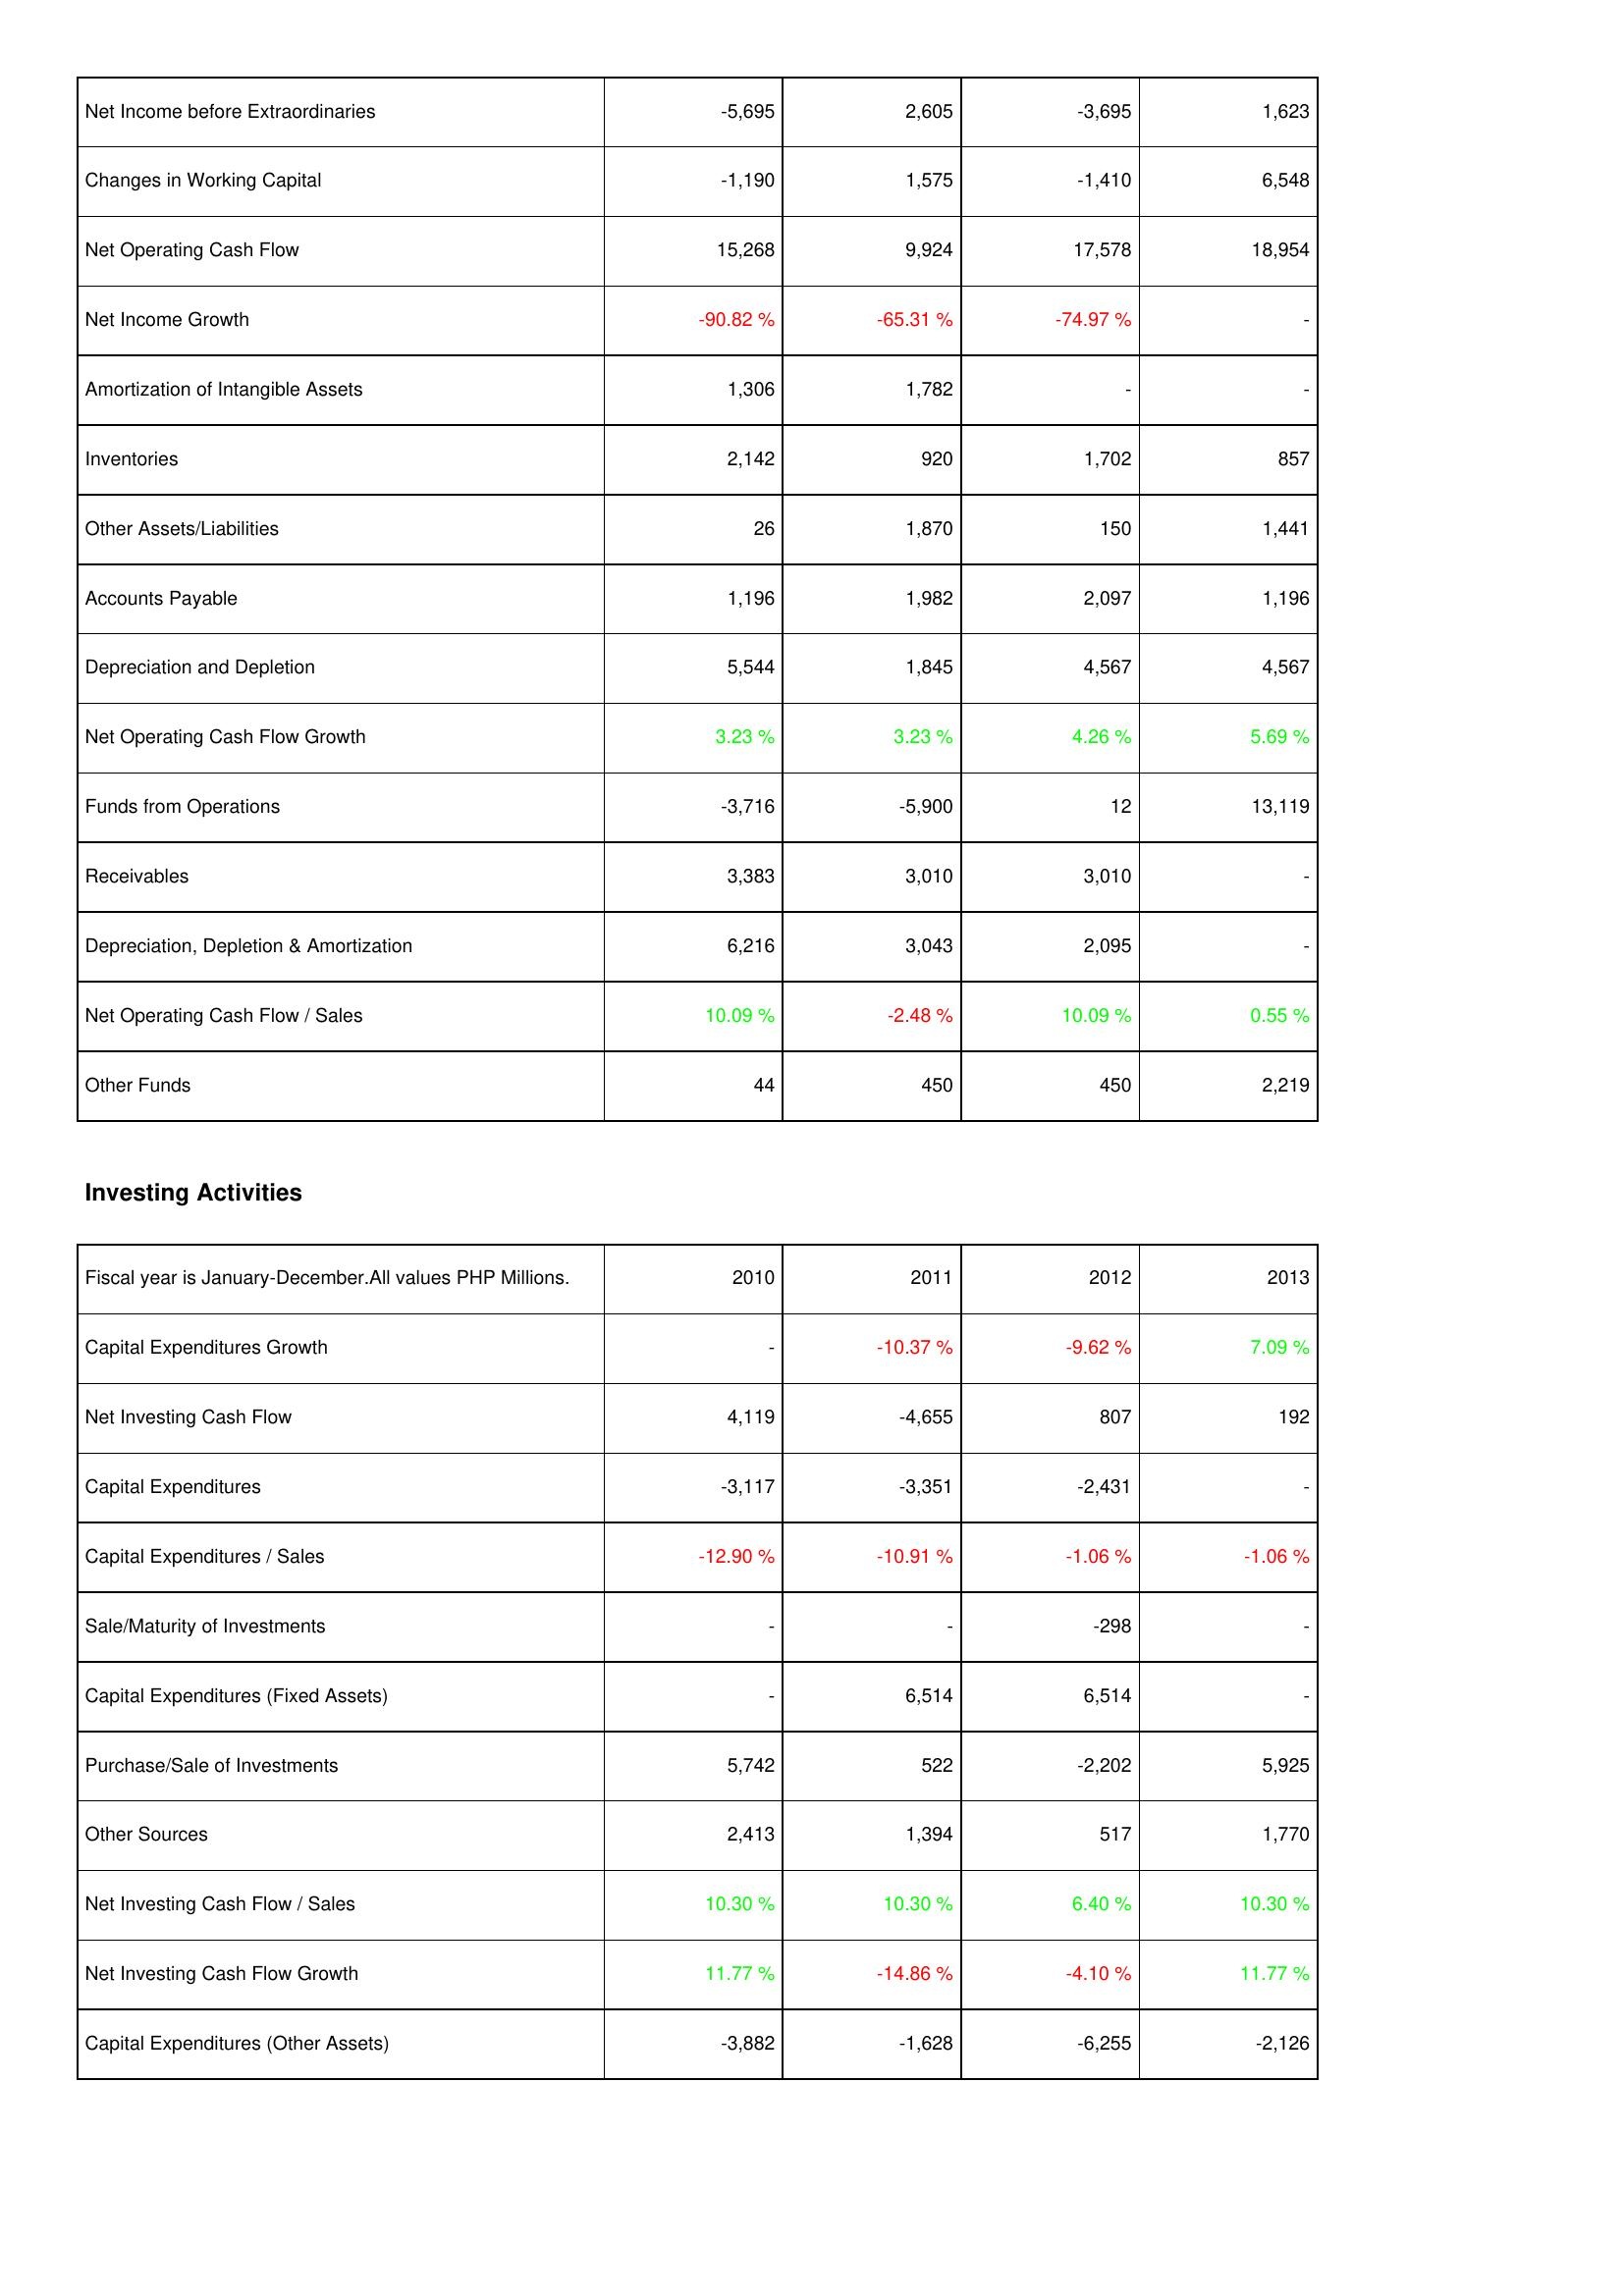
2010: Operating Activities: Net Income before Extraordinaries: -5,695
Changes in Working Capital: -1,190
Net Operating Cash Flow: 15,268
Net Income Growth: -90.82 %
Amortization of Intangible Assets: 1,306
Inventories: 2,142
Other Assets/Liabilities: 26
Accounts Payable: 1,196
Depreciation and Depletion: 5,544
Net Operating Cash Flow Growth: 3.23 %
Funds from Operations: -3,716
Receivables: 3,383
Depreciation, Depletion & Amortization: 6,216
Net Operating Cash Flow / Sales: 10.09 %
Other Funds: 44
Investing Activities: Capital Expenditures Growth: -
Net Investing Cash Flow: 4,119
Capital Expenditures: -3,117
Capital Expenditures / Sales: -12.90 %
Sale/Maturity of Investments: -
Capital Expenditures (Fixed Assets): -
Purchase/Sale of Investments: 5,742
Other Sources: 2,413
Net Investing Cash Flow / Sales: 10.30 %
Net Investing Cash Flow Growth: 11.77 %
Capital Expenditures (Other Assets): -3,882
2011: Operating Activities: Net Income before Extraordinaries: 2,605
Changes in Working Capital: 1,575
Net Operating Cash Flow: 9,924
Net Income Growth: -65.31 %
Amortization of Intangible Assets: 1,782
Inventories: 920
Other Assets/Liabilities: 1,870
Accounts Payable: 1,982
Depreciation and Depletion: 1,845
Net Operating Cash Flow Growth: 3.23 %
Funds from Operations: -5,900
Receivables: 3,010
Depreciation, Depletion & Amortization: 3,043
Net Operating Cash Flow / Sales: -2.48 %
Other Funds: 450
Investing Activities: Capital Expenditures Growth: -10.37 %
Net Investing Cash Flow: -4,655
Capital Expenditures: -3,351
Capital Expenditures / Sales: -10.91 %
Sale/Maturity of Investments: -
Capital Expenditures (Fixed Assets): 6,514
Purchase/Sale of Investments: 522
Other Sources: 1,394
Net Investing Cash Flow / Sales: 10.30 %
Net Investing Cash Flow Growth: -14.86 %
Capital Expenditures (Other Assets): -1,628
2012: Operating Activities: Net Income before Extraordinaries: -3,695
Changes in Working Capital: -1,410
Net Operating Cash Flow: 17,578
Net Income Growth: -74.97 %
Amortization of Intangible Assets: -
Inventories: 1,702
Other Assets/Liabilities: 150
Accounts Payable: 2,097
Depreciation and Depletion: 4,567
Net Operating Cash Flow Growth: 4.26 %
Funds from Operations: 12
Receivables: 3,010
Depreciation, Depletion & Amortization: 2,095
Net Operating Cash Flow / Sales: 10.09 %
Other Funds: 450
Investing Activities: Capital Expenditures Growth: -9.62 %
Net Investing Cash Flow: 807
Capital Expenditures: -2,431
Capital Expenditures / Sales: -1.06 %
Sale/Maturity of Investments: -298
Capital Expenditures (Fixed Assets): 6,514
Purchase/Sale of Investments: -2,202
Other Sources: 517
Net Investing Cash Flow / Sales: 6.40 %
Net Investing Cash Flow Growth: -4.10 %
Capital Expenditures (Other Assets): -6,255
2013: Operating Activities: Net Income before Extraordinaries: 1,623
Changes in Working Capital: 6,548
Net Operating Cash Flow: 18,954
Net Income Growth: -
Amortization of Intangible Assets: -
Inventories: 857
Other Assets/Liabilities: 1,441
Accounts Payable: 1,196
Depreciation and Depletion: 4,567
Net Operating Cash Flow Growth: 5.69 %
Funds from Operations: 13,119
Receivables: -
Depreciation, Depletion & Amortization: -
Net Operating Cash Flow / Sales: 0.55 %
Other Funds: 2,219
Investing Activities: Capital Expenditures Growth: 7.09 %
Net Investing Cash Flow: 192
Capital Expenditures: -
Capital Expenditures / Sales: -1.06 %
Sale/Maturity of Investments: -
Capital Expenditures (Fixed Assets): -
Purchase/Sale of Investments: 5,925
Other Sources: 1,770
Net Investing Cash Flow / Sales: 10.30 %
Net Investing Cash Flow Growth: 11.77 %
Capital Expenditures (Other Assets): -2,126